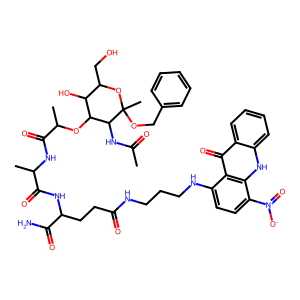
SMILES: CC(=O)NC1C(OC(C)C(=O)NC(C)C(=O)NC(CCC(=O)NCCCNc2ccc([N+](=O)[O-])c3[nH]c4ccccc4c(=O)c23)C(N)=O)C(O)C(CO)OC1(C)OCc1ccccc1
Inhibits HIV replication: No